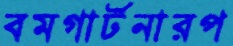
বমগার্টনারপ